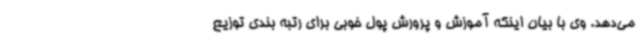
می‌دهد. وی با بیان اینکه آموزش و پرورش پول خوبی برای رتبه بندی توزیع